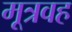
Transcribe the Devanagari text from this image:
मूत्रवह